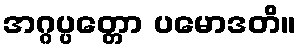
အဂ္ဂပ္ပတ္တော ပမောဒတိ။